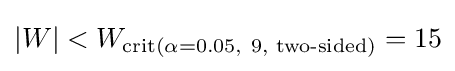
|W|<W_{\operatorname {crit} (\alpha =0.05,\ 9{\text{, two-sided}})}=15